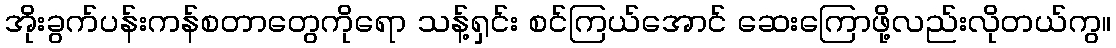
အိုးခွက်ပန်းကန်စတာတွေကိုရော သန့်ရှင်း စင်ကြယ်အောင် ဆေးကြောဖို့လည်းလိုတယ်ကွ။